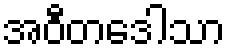
အဝီတဒေါသာ